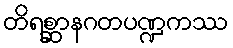
တိရစ္ဆာနဂတပဏ္ဍကဿ